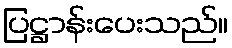
ပြဋ္ဌာန်းပေးသည်။